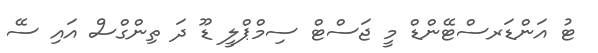
ޓު އަންޑަރސްޓޭންޑް މީ ޖަސްޓް ސިމްޕްލީ ޑޫ ދަ ތިންގްސް އައި ސޭ